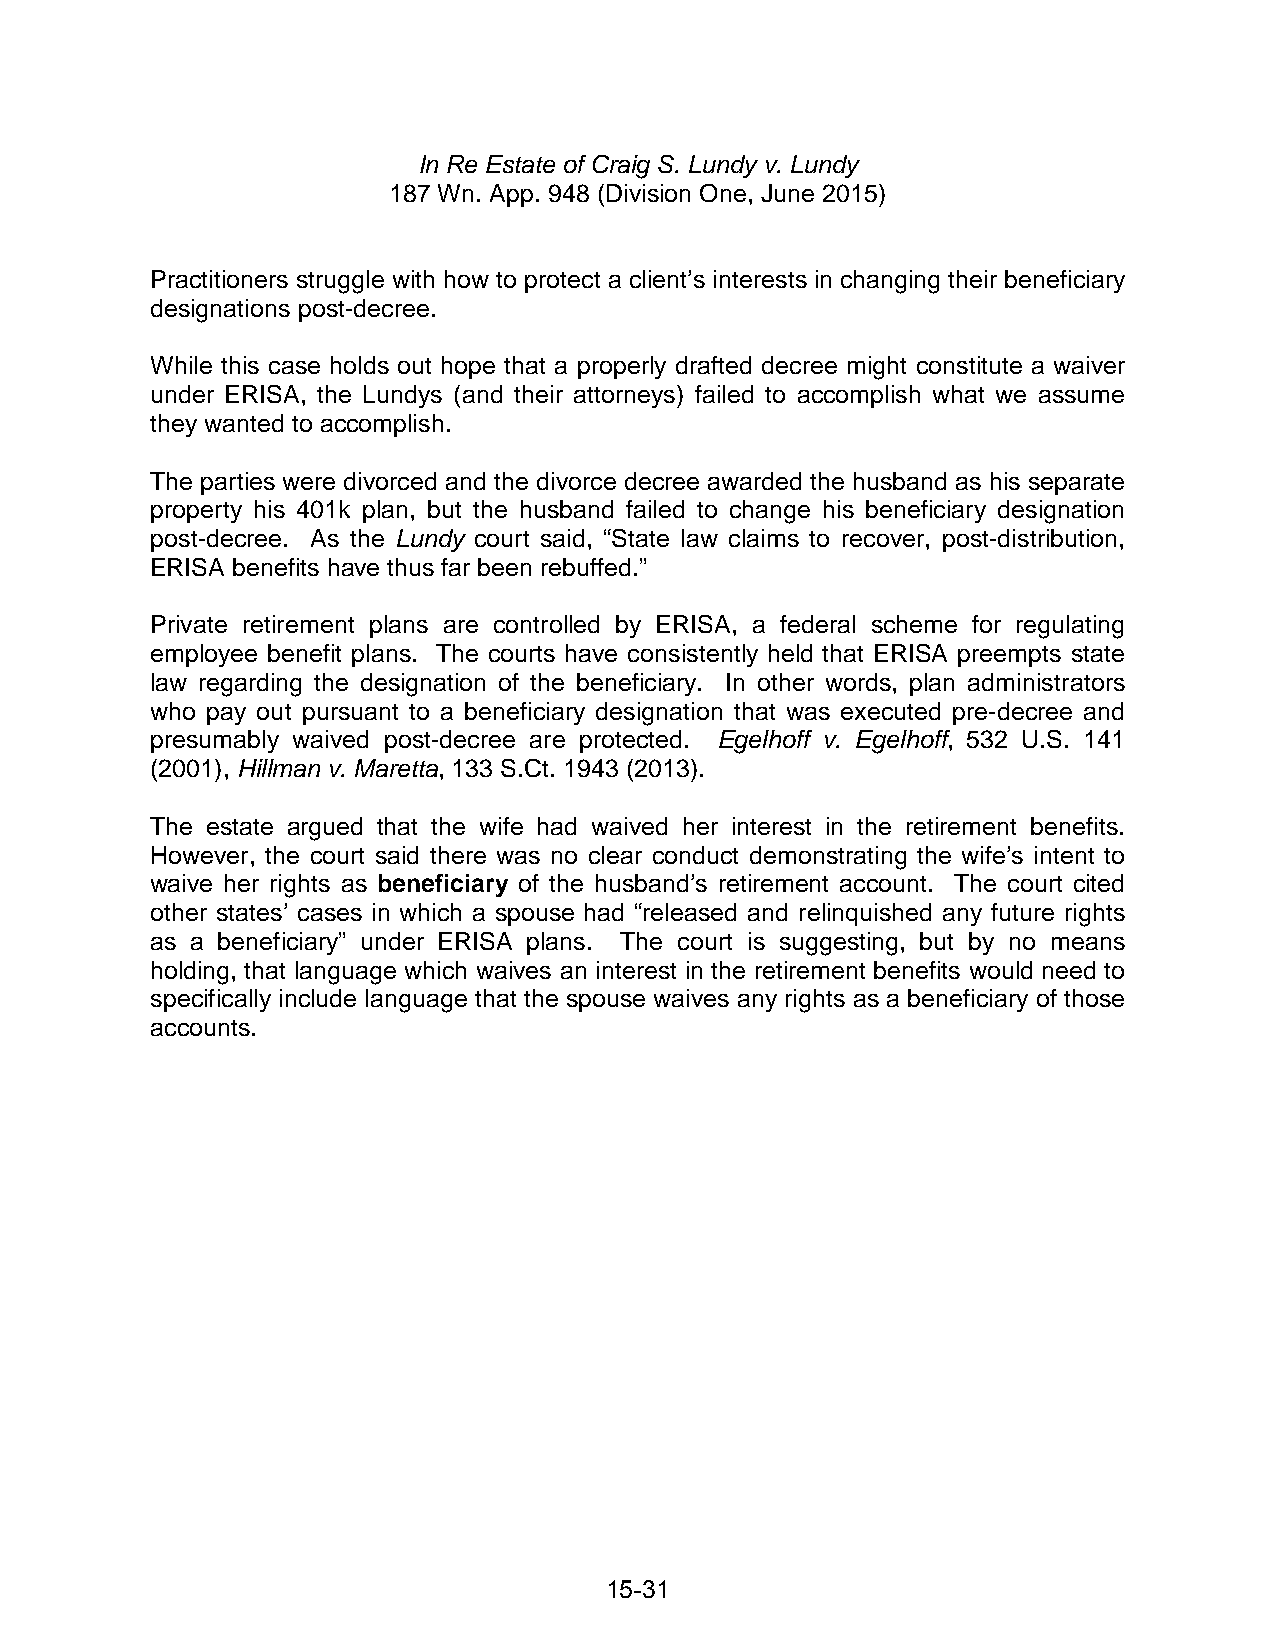
In Re Estate of Craig S. Lundy v. Lundy
 187 Wn. App. 948 (Division One, June 2015)
 Practitioners struggle with how to protect a client’s interests in changing their beneficiary
 designations post-decree.
 While this case holds out hope that a properly drafted decree might constitute a waiver
 under ERISA, the Lundys (and their attorneys) failed to accomplish what we assume
 they wanted to accomplish.
 The parties were divorced and the divorce decree awarded the husband as his separate
 property his 401k plan, but the husband failed to change his beneficiary designation
 post-decree. As the Lundy court said, “State law claims to recover, post-distribution,
 ERISA benefits have thus far been rebuffed.”
 Private retirement plans are controlled by ERISA, a federal scheme for regulating
 employee benefit plans. The courts have consistently held that ERISA preempts state
 law regarding the designation of the beneficiary. In other words, plan administrators
 who pay out pursuant to a beneficiary designation that was executed pre-decree and
 presumably waived post-decree are protected. Egelhoff v. Egelhoff, 532 U.S. 141
 (2001), Hillman v. Maretta, 133 S.Ct. 1943 (2013).
 The estate argued that the wife had waived her interest in the retirement benefits.
 However, the court said there was no clear conduct demonstrating the wife’s intent to
 waive her rights as beneficiary of the husband’s retirement account. The court cited
 other states’ cases in which a spouse had “released and relinquished any future rights
 as a beneficiary” under ERISA plans. The court is suggesting, but by no means
 holding, that language which waives an interest in the retirement benefits would need to
 specifically include language that the spouse waives any rights as a beneficiary of those
 accounts.
 15-31